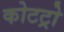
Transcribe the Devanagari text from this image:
कोटट्रो